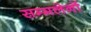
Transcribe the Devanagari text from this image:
सम्मलेनों